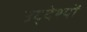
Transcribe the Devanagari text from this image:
उद्‌देश्यों